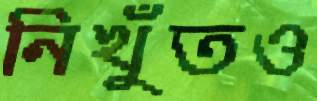
নিখুঁতও